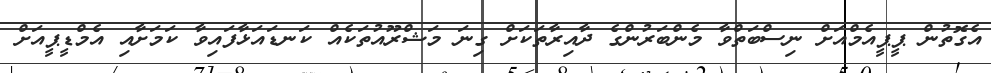
އެގޮތުން ޕީޕީއެމްއަށް ނިސްބަތްވާ މެންބަރުންގެ ދާއިރާތަކަށް ގިނަ މަޝްރޫއުތަކެއް ކަނޑައަޅާފައިވާ ކަމަށާއި އެމްޑީޕީއަށް